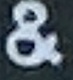
&